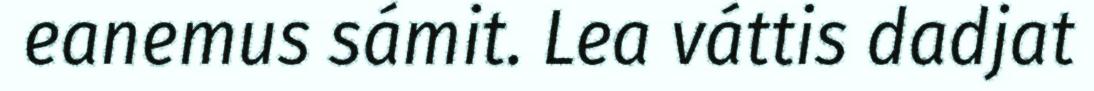
eanemus sámit. Lea váttis dadjat